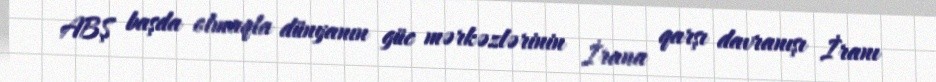
ABŞ başda olmaqla dünyanın güc mərkəzlərinin İrana qarşı davranışı İranı